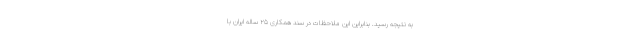
به نتیجه رسید. بنابراین این ملاحظات در سند همکاری ۲۵ ساله ایران با